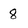
Character: 8